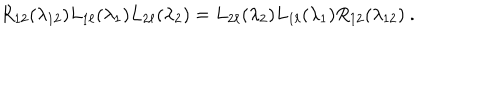
R _ { 1 2 } ( \lambda _ { 1 2 } ) L _ { 1 \ell } ( \lambda _ { 1 } ) L _ { 2 \ell } ( \lambda _ { 2 } ) = L _ { 2 \ell } ( \lambda _ { 2 } ) L _ { 1 \ell } ( \lambda _ { 1 } ) R _ { 1 2 } ( \lambda _ { 1 2 } ) \ .